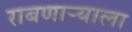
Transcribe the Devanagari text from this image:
राबणार्‍याला